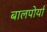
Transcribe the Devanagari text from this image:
बालपोर्या